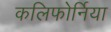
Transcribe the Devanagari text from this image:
कलिफोर्निया